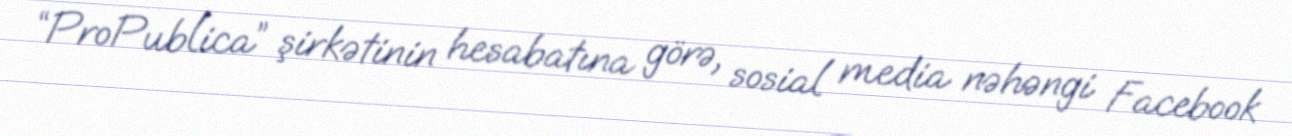
“ProPublica” şirkətinin hesabatına görə, sosial media nəhəngi Facebook